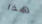
هذا